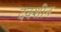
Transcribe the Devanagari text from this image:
दक्शीन